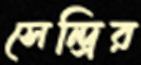
সেন্দ্রির